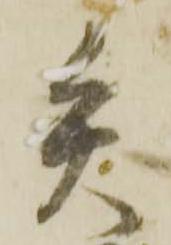
矢